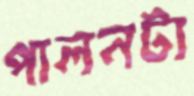
পালনটা